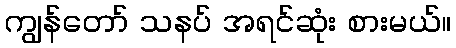
ကျွန်တော် သနပ် အရင်ဆုံး စားမယ်။